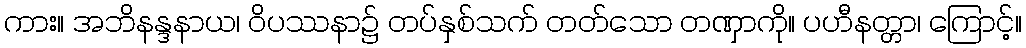
ကား။ အဘိနန္ဒနာယ၊ ဝိပဿနာ၌ တပ်နှစ်သက် တတ်သော တဏှာကို။ ပဟီနတ္တာ၊ ကြောင့်။